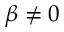
\beta \neq 0